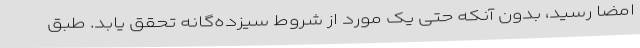
امضا رسید، بدون آنکه حتی یک مورد از شروط سیزده‌گانه تحقق یابد. طبق